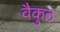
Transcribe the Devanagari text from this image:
वैकुठ